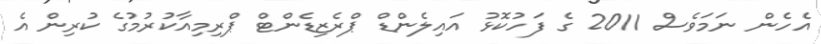
އެހެން ނަމަވެސް 2011 ގެ ފަހުކޮޅު އައިލެންޑް ޕްރެޒިޑެންޓް ޕްރިމިއާކުރުމުގެ ކުރިން އެ